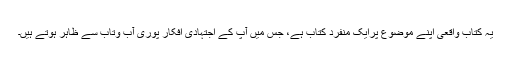
یہ کتاب واقعی اپنے موضوع پرایک منفرد کتاب ہے، جس میں آپ کے اجتہادی افکار پوری آب وتاب سے ظاہر ہوتے ہیں۔